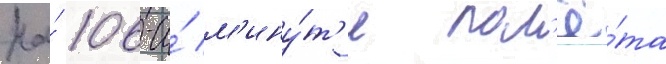
На́ 106-и́ м'ину́т'е пол'ё́та